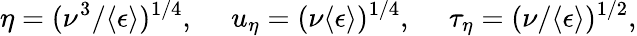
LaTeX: \eta=(\nu^{3}/\langle\epsilon\rangle)^{1/4},\quad\; u_{\eta}=(\nu\langle\epsilon\rangle)^{1/4},\quad\; \tau_{\eta}=(\nu/\langle\epsilon\rangle)^{1/2},